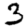
Digit: 3